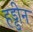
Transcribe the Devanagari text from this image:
हड्डीन